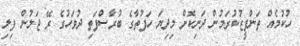
ހުކުމެއް ތަންފީޒުކުރަމުން ދަނިކޮށް މިދިޔަ ހަފުތާގެ ބުރާސްފަތި ދުވަހުގެ ރޭ ޖަލުން ފިލި